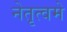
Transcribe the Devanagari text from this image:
नेतृत्वमे